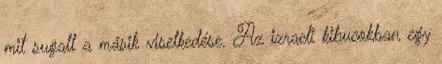
mit sugall a másik viselkedése. Az izraeli kibucokban egy